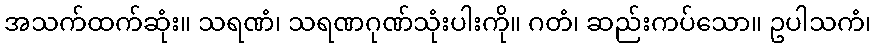
အသက်ထက်ဆုံး။ သရဏံ၊ သရဏဂုဏ်သုံးပါးကို။ ဂတံ၊ ဆည်းကပ်သော။ ဥပါသကံ၊